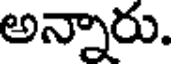
అన్నారు.